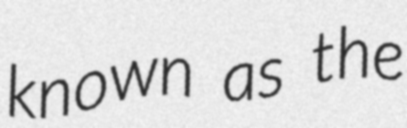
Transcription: known as the